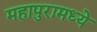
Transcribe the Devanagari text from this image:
महापुरामध्ये